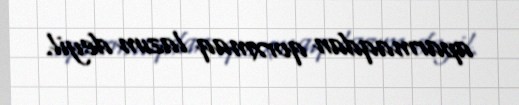
aparmaqdan qorxmaq lazım deyil.